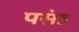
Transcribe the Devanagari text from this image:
पसंड